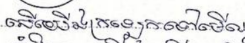
បើយើងក្រឡេកទៅមើល